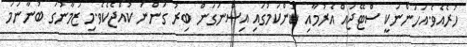
ހުރެއެވެ.އަހަންނަކީ ސްޓޭޖައް އެރުމާއި ކަންކަމުގައި އިސްނަގަން ބިރު ގަންނަ ކުއްޖެކެވެ.މި ޒަމާނުގަ ބުނާނަމަ